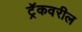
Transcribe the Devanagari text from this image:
ट्रॅकवरील